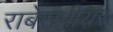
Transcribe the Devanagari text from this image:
राबेसपीयर